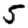
Digit: 5